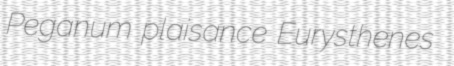
Peganum plaisance Eurysthenes